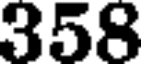
358